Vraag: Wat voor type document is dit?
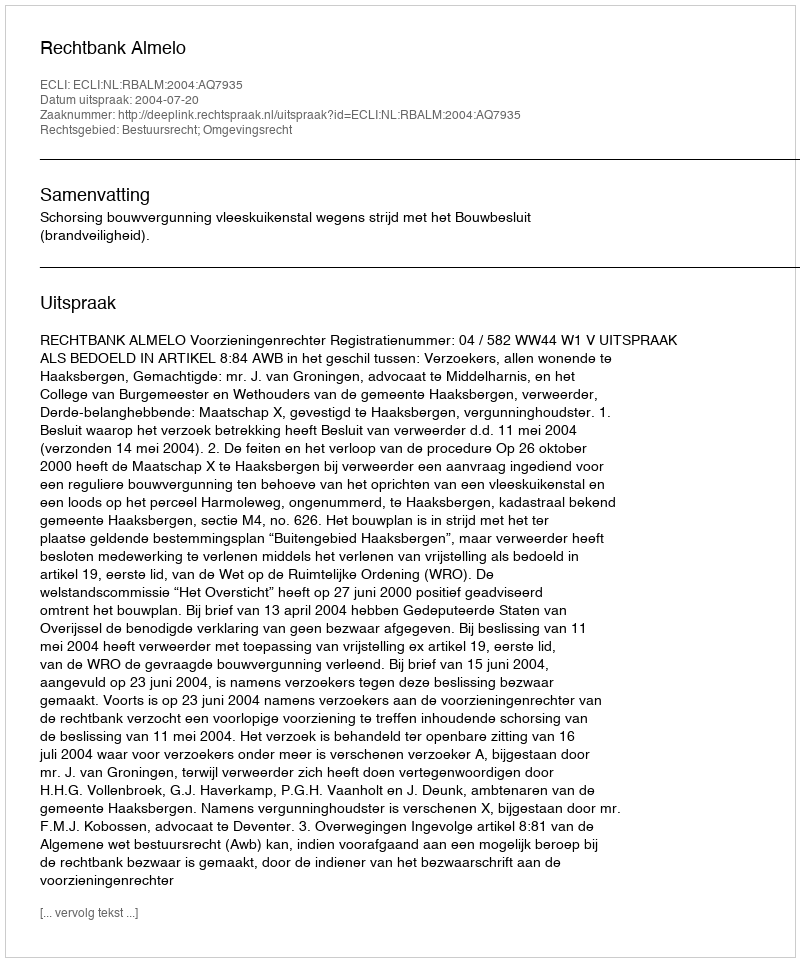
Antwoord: Uitspraak